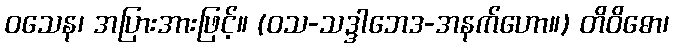
ဝသေန၊ အပြားအားဖြင့်။ (ဝသ-သဒ္ဒါဘေဒ-အနက်ဟော။) တိဝိဓော၊